Newspaper: The Weekly Kansas chief. [volume]
Place of publication: Troy, Kan.
Publisher: Sol Miller
Date: 1880-12-02 00:00:00
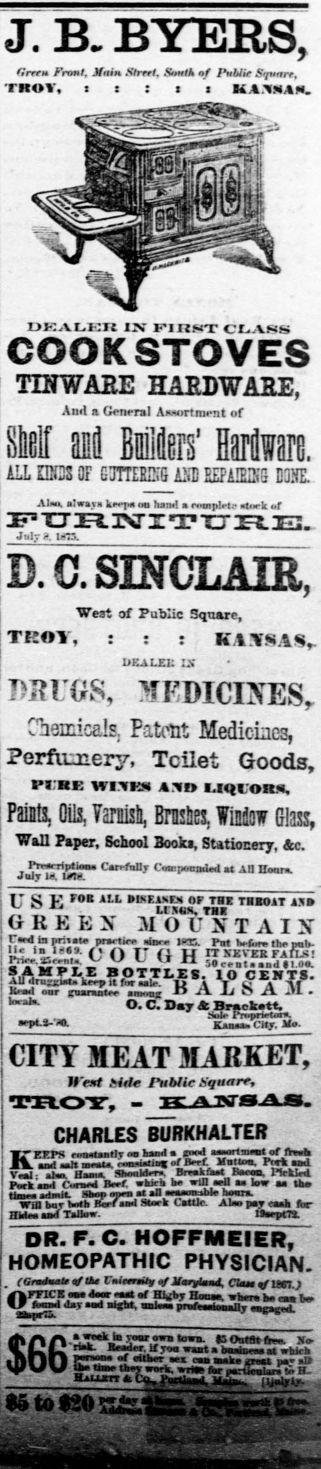
Advertisement text (OCR):
J. B B YERS, fJrren Front, Main, Street, &ttk nf IulHe Square, "raor. t s : i x EfA.nSAM. COOiC STOVES TETWAHE 3IAEDWAEE, Anil a General Aiwirtment of SM asil Bnilflers' Harflware. ILL EEfiJS OF G3TTEEEG iSH EEPiffilNS E3NL At, alwaja arta on hawl rompMe pUwk of Jt?J U -LJSTZ.1?TyJELtt- Jaly ?. inn. D. 0. SINCLAIR, West of Poilic Square, : : KANSAS- TROY, UEALEK IS B2U0S, SEDICDTES,. Chemicals, Patent Medicines, Perfiunery, Toilet Goods, FVZtE 1VI.-VI A.tO IQLOUS, Faints, Oils, yarnisl, Brnslies, IMoi Glass, "Wall Paper, School Booki, SUtiocery, &c. rreerrintlea. Csrrfally CWpotiaded st All Hoora. Jaly la, rti. USE r0E Xlh DIXt,, OF TIIE TDE01T IXtt GREBX MOUXTAIX ii .C'. PfSrtle. aliKe 13S. Pat U-tm, tbepab- KIT5- . LMI li I H II 5EVEK FAILS ES'S'W 50t.at.aadll0. LSI oo. AUdraBirt.kerpitfaraaUj. T J T y Kad ear nsraatee anon -t- Jl. Xi D CENTS. Kasraatee aim; U il Ji O il .IL . O. C. Haw & Bntefcett. rptt-'m. tSHJI itryt - Kjjua.Clty.Xe. CITY MEAT MARKET, West title Tubtie Square, CHARLES iURKHALTER KETPS reartaatlyoaliaiida pJ aortrot cf ftr.1. uat -t taesta. Jmiyiex B-et X"-g "d Veil, ata. BaaM. SbeaMrrj Brraktart Beees, llrklrd. Peckaad CuraM Bert wklrb ae win eril ss lew sa to. tinnalalL Sfcep frm at an aeaaoasble bears. Win bay bnb Berfaad Stark Cattle Abe pay eaah tar HbleasadTanew. ttarpm. DR. F. C. HOFFMEIER. HOMEOPATHIC PHYSICIAN. . (Gmdntnfti4VltmUitfl3r)UA,CimfUCtJ O'E Z? SS rf F' nM. -nb. can le J seal aijlit, tmleaa prafiaeiMuUly tatpged, aAASTfe".?,n,,n, BOstattv. sr- a.UlLrbk. Seadrr.ltyoawutabaabieaaatwUck aDOO ESZZSXJSS&e&isff wttOB tar nartsilarB. ti Tt HIM aj-p m. I'n , a-rifi.,.. &tmss. iHflEpjraBSfiwSZ SSiSLlMfAeaV,.- ttfrXfiSC
Label: illustrations